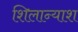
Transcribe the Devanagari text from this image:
शिलान्याश